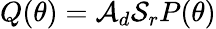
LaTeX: Q(\theta)=\mathcal A_{d}\mathcal S_{r}P(\theta)